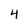
Character: 4